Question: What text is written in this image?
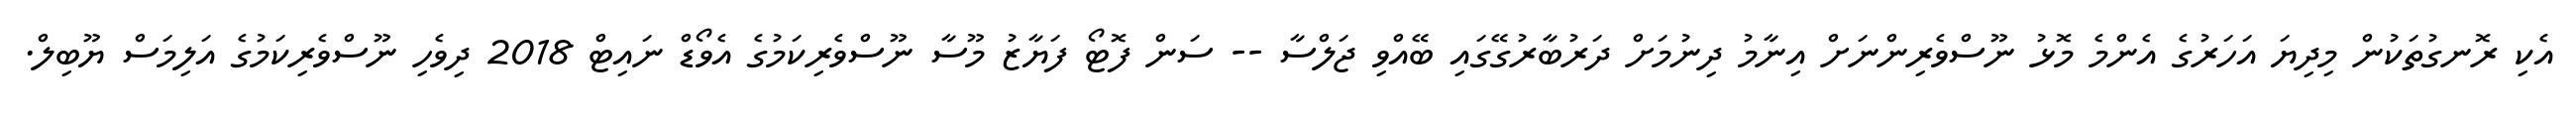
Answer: އެކި ރޮނގުތަކުން މިދިޔަ އަހަރުގެ އެންމެ މޮޅު ނޫސްވެރިންނަށް އިނާމު ދިނުމަށް ދަރުބާރުގޭގައި ބޭއްވި ޖަލްސާ -- ސަން ފޮޓޯ ފަޔާޒު މޫސާ ނޫސްވެރިކަމުގެ އެވޯޑް ނައިޓް 2018 ދިވެހި ނޫސްވެރިކަމުގެ އަލިމަސް ޔޫބިލް.